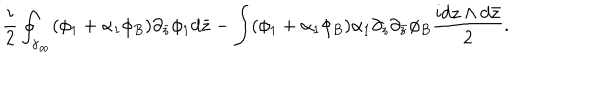
LaTeX: \frac { i } { 2 } \oint _ { \gamma _ { \infty } } ( \phi _ { 1 } + \alpha _ { 1 } \phi _ { B } ) \partial _ { \bar { z } } \phi _ { 1 } d \bar { z } - \int ( \phi _ { 1 } + \alpha _ { 1 } \phi _ { B } ) \alpha _ { 1 } \partial _ { z } \partial _ { \bar { z } } \phi _ { B } \frac { i d z \wedge d \bar { z } } { 2 } .